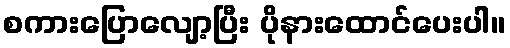
စကားပြောလျော့ပြီး ပိုနားထောင်ပေးပါ။